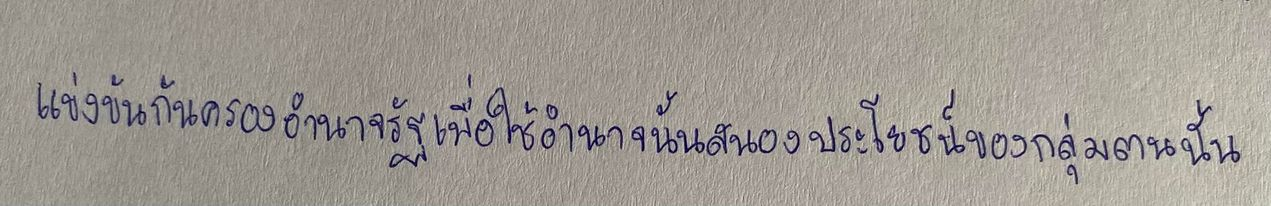
แข่งขันกันครองอำนาจรัฐเพื่อใช้อำนาจนั้นสนองประโยชน์ของกลุ่มตนนั้น